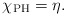
\begin{align*}\chi_{\rm PH} = \eta.\end{align*}